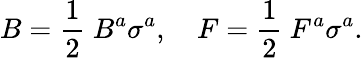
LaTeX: B=\frac{1}{2}~B^{a}\sigma^{a},\quad F=\frac{1}{2}~F^{a}\sigma^{a}.